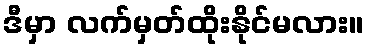
ဒီမှာ လက်မှတ်ထိုးနိုင်မလား။